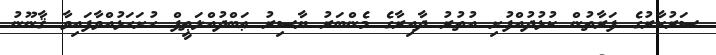
ސަރުކާރުގެ ފަރާތުން ކުޅުދުއްފުށި އުތުރު ދާއިރާގެ މެންބަރު ޔާސިރު ޢަބްދުއްލަޠީފް ހުށަހަޅުއްވާފައިވާ ޤާނޫނު